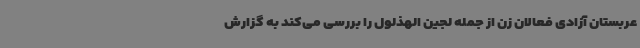
عربستان آزادی فعالان زن از جمله لجین الهذلول را بررسی می‌کند به گزارش